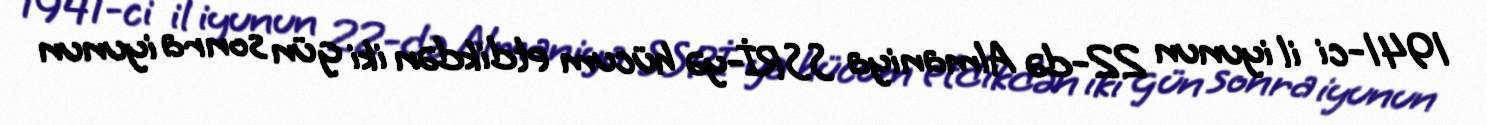
1941-ci il iyunun 22-də Almaniya SSRİ-yə hücum etdikdən iki gün sonra iyunun